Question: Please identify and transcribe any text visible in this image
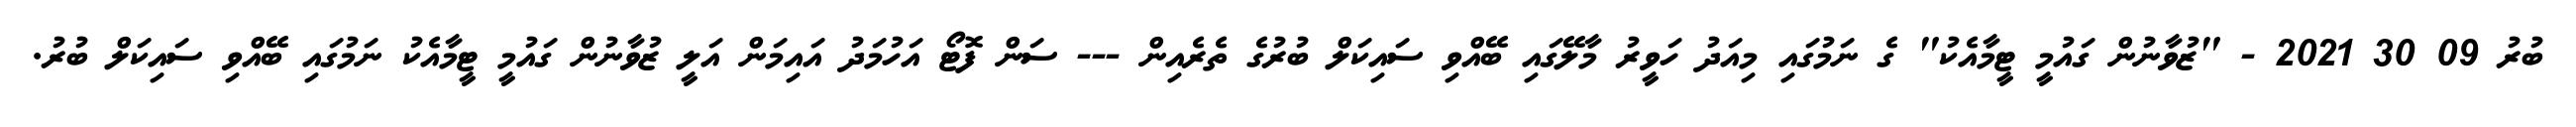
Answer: ބުރު 09 30 2021 - "ޒުވާނުން ގައުމީ ޓީމާއެކު" ގެ ނަމުގައި މިއަދު ހަވީރު މާލޭގައި ބޭއްވި ސައިކަލް ބުރުގެ ތެރެއިން --- ސަން ފޮޓޯ އަހުމަދު އައިމަން އަލީ ޒުވާނުން ގައުމީ ޓީމާއެކު ނަމުގައި ބޭއްވި ސައިކަލް ބުރު.